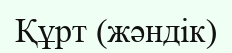
Құрт (жәндік)